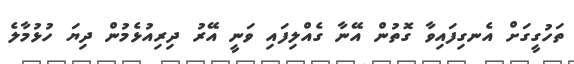
ތަހުގީގަށް އެނގިފައިވާ ގޮތުން އޭނާ ގެއްލިފައި ވަނީ އޭރު ދިރިއުޅެމުން ދިޔަ ހުޅުމާލެ